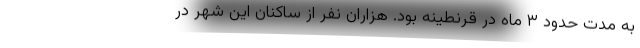
به مدت حدود ۳ ماه در قرنطینه بود. هزاران نفر از ساکنان این شهر در